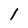
Character: l